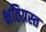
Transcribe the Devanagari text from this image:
क्षतिग्रस्‍त